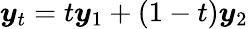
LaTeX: \boldsymbol{y}_{t}=t\boldsymbol{y}_{1}+(1-t)\boldsymbol{y}_{2}